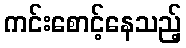
ကင်းစောင့်နေသည့်